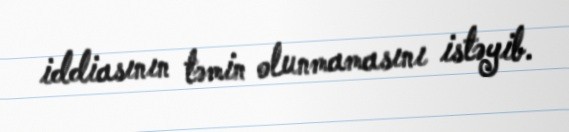
iddiasının təmin olunmamasını istəyib.